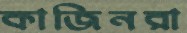
কাজিনরা